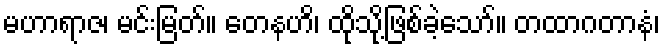
မဟာရာဇ၊ မင်းမြတ်။ တေနဟိ၊ ထိုသို့ဖြစ်ခဲ့သော်။ တထာဂတာနံ၊